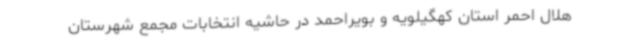
هلال احمر استان کهگیلویه و بویراحمد در حاشیه انتخابات مجمع شهرستان